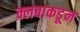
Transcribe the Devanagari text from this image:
क्लबाकडून